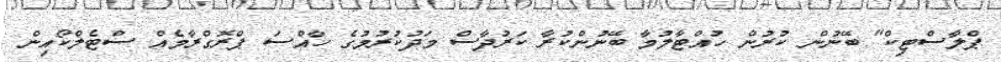
ޕްލާސްޓިކް" ބޭނުން ކުރުން ހުއްޓާލުމާ ބޭނުންކުރާ ކަރުދާސް މަދުކުރުމުގެ ހާއްސަ ޕްރޮގްރާމެއް ސްޓެލްކޯއިން